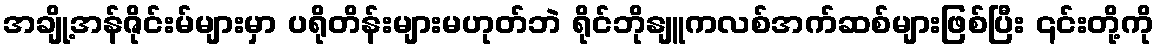
အချို့အန်ဇိုင်းမ်များမှာ ပရိုတိန်းများမဟုတ်ဘဲ ရိုင်ဘိုနျူကလစ်အက်ဆစ်များဖြစ်ပြီး ၎င်းတို့ကို